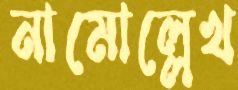
নামোল্লেখ